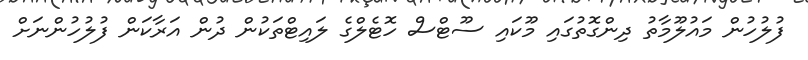
ފުލުހުން މައުލޫމާތު ދިންގޮތުގައި މޫކައި ސޫޓްސް ހޮޓެލްގެ ލައިޓްތަކުން ދުން އަރާކަން ފުލުހުންނަށް